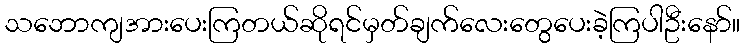
သဘောကျအားပေးကြတယ်ဆိုရင်မှတ်ချက်လေးတွေပေးခဲ့ကြပါဦးနော်။